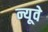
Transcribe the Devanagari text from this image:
न्यूवे